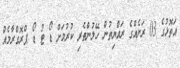
އަތޮޅުގެ 03 ރަށެއްގެ ރައްޔިތުން ހޭލުންތެރި ކުރުމަށް ޑޯ ޓު ޑޯ ޕްރޮގްރާމެއް